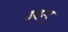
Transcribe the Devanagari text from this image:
ध्वन्